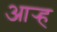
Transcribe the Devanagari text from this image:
आर्‍ह